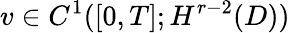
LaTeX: v\in C^{1}([0,T];H^{r-2}(D))